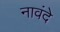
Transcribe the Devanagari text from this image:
नावंदे